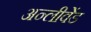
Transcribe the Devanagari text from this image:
अन्लीवेंड